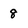
Character: 8